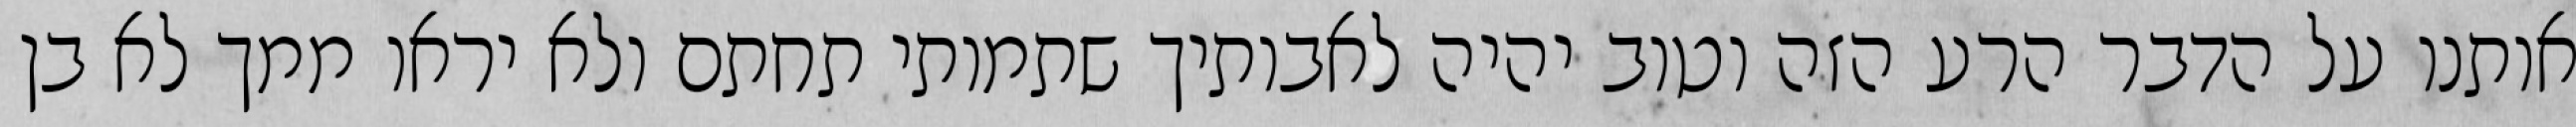
אותנו על הדבר הרע הזה וטוב יהיה לאבותיך שתמותי תחתם ולא יראו ממך לא בן